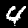
Digit: 4